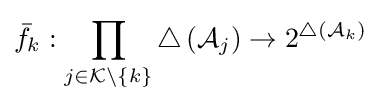
{\bar {f}}_{k}:\prod _{j\in {\mathcal {K}}\setminus \lbrace k\rbrace }\triangle \left({\mathcal {A}}_{j}\right)\rightarrow 2^{\triangle \left({\mathcal {A}}_{k}\right)}